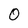
Character: 0